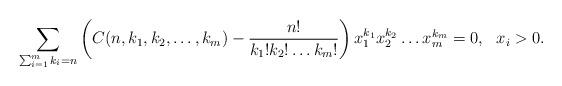
LaTeX: \begin{align*}\sum_{\sum_{i=1}^mk_i=n}\left(C(n,k_1,k_2,\ldots, k_m)-\frac{n!}{k_1!k_2!\ldots k_m!}\right)x_1^{k_1}x_2^{k_2}\ldots x_m^{k_m}=0,\ \ x_i>0.\end{align*}